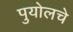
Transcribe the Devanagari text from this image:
पुयोलचे